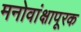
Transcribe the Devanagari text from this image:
मनोवांक्षापूरक